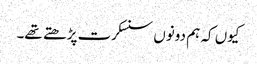
کیوں کہ ہم دونوں سنسکرت پڑھتے تھے۔